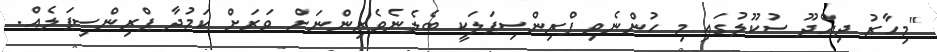
"މިހާރު ދިއްދޫ ސުކޫލުގައި މި ހުންނެވި ޕްރިންސިޕަލަކީ ބެލެނެވެރިންނަށް ވަރަށް ކަމުދާ ޕްރިންސިޕަލެއް.